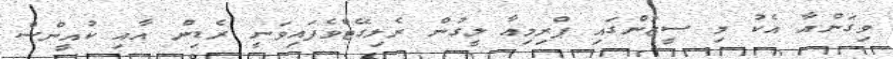
ވިގަންއާ އެކު މި ސީޒަންގައި ޕްރިމިއާ ލީގުން ރެލިގޭޓްވެފައިވަނީ ރެޑިން އާއި ކުއީންސް